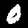
Label: 0